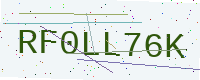
Text: RF0LL76K